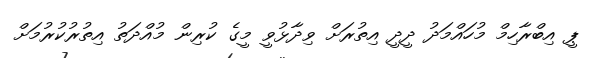
ޕީ އިބްރާހިމް މުހައްމަދު ދީދީ އިތުރަށް ވިދާޅުވީ މީގެ ކުރިން މުއްދަތު އިތުރުކުރުމަށް